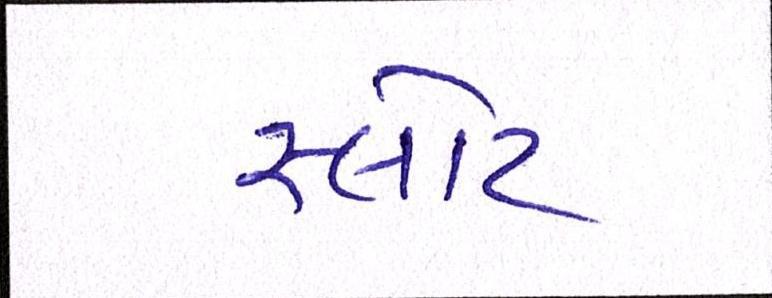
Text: સ્લોટ